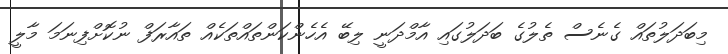
މިބަދަލުތައް ގެނެސް ތެލުގެ ބަދަލުގައި އާމްދަނީ ލިބޭ އެހެންކަންތައްތަކެއް ތައާރަފް ނުކޮށްފިނަމަ މާލީ